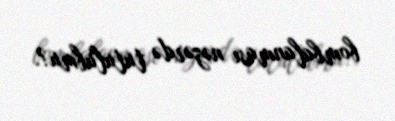
bombalanması nəzərdə tutulubmu?.